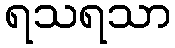
ရသရသာ